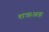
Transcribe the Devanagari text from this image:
शऋअह